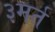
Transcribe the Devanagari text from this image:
३मर्त